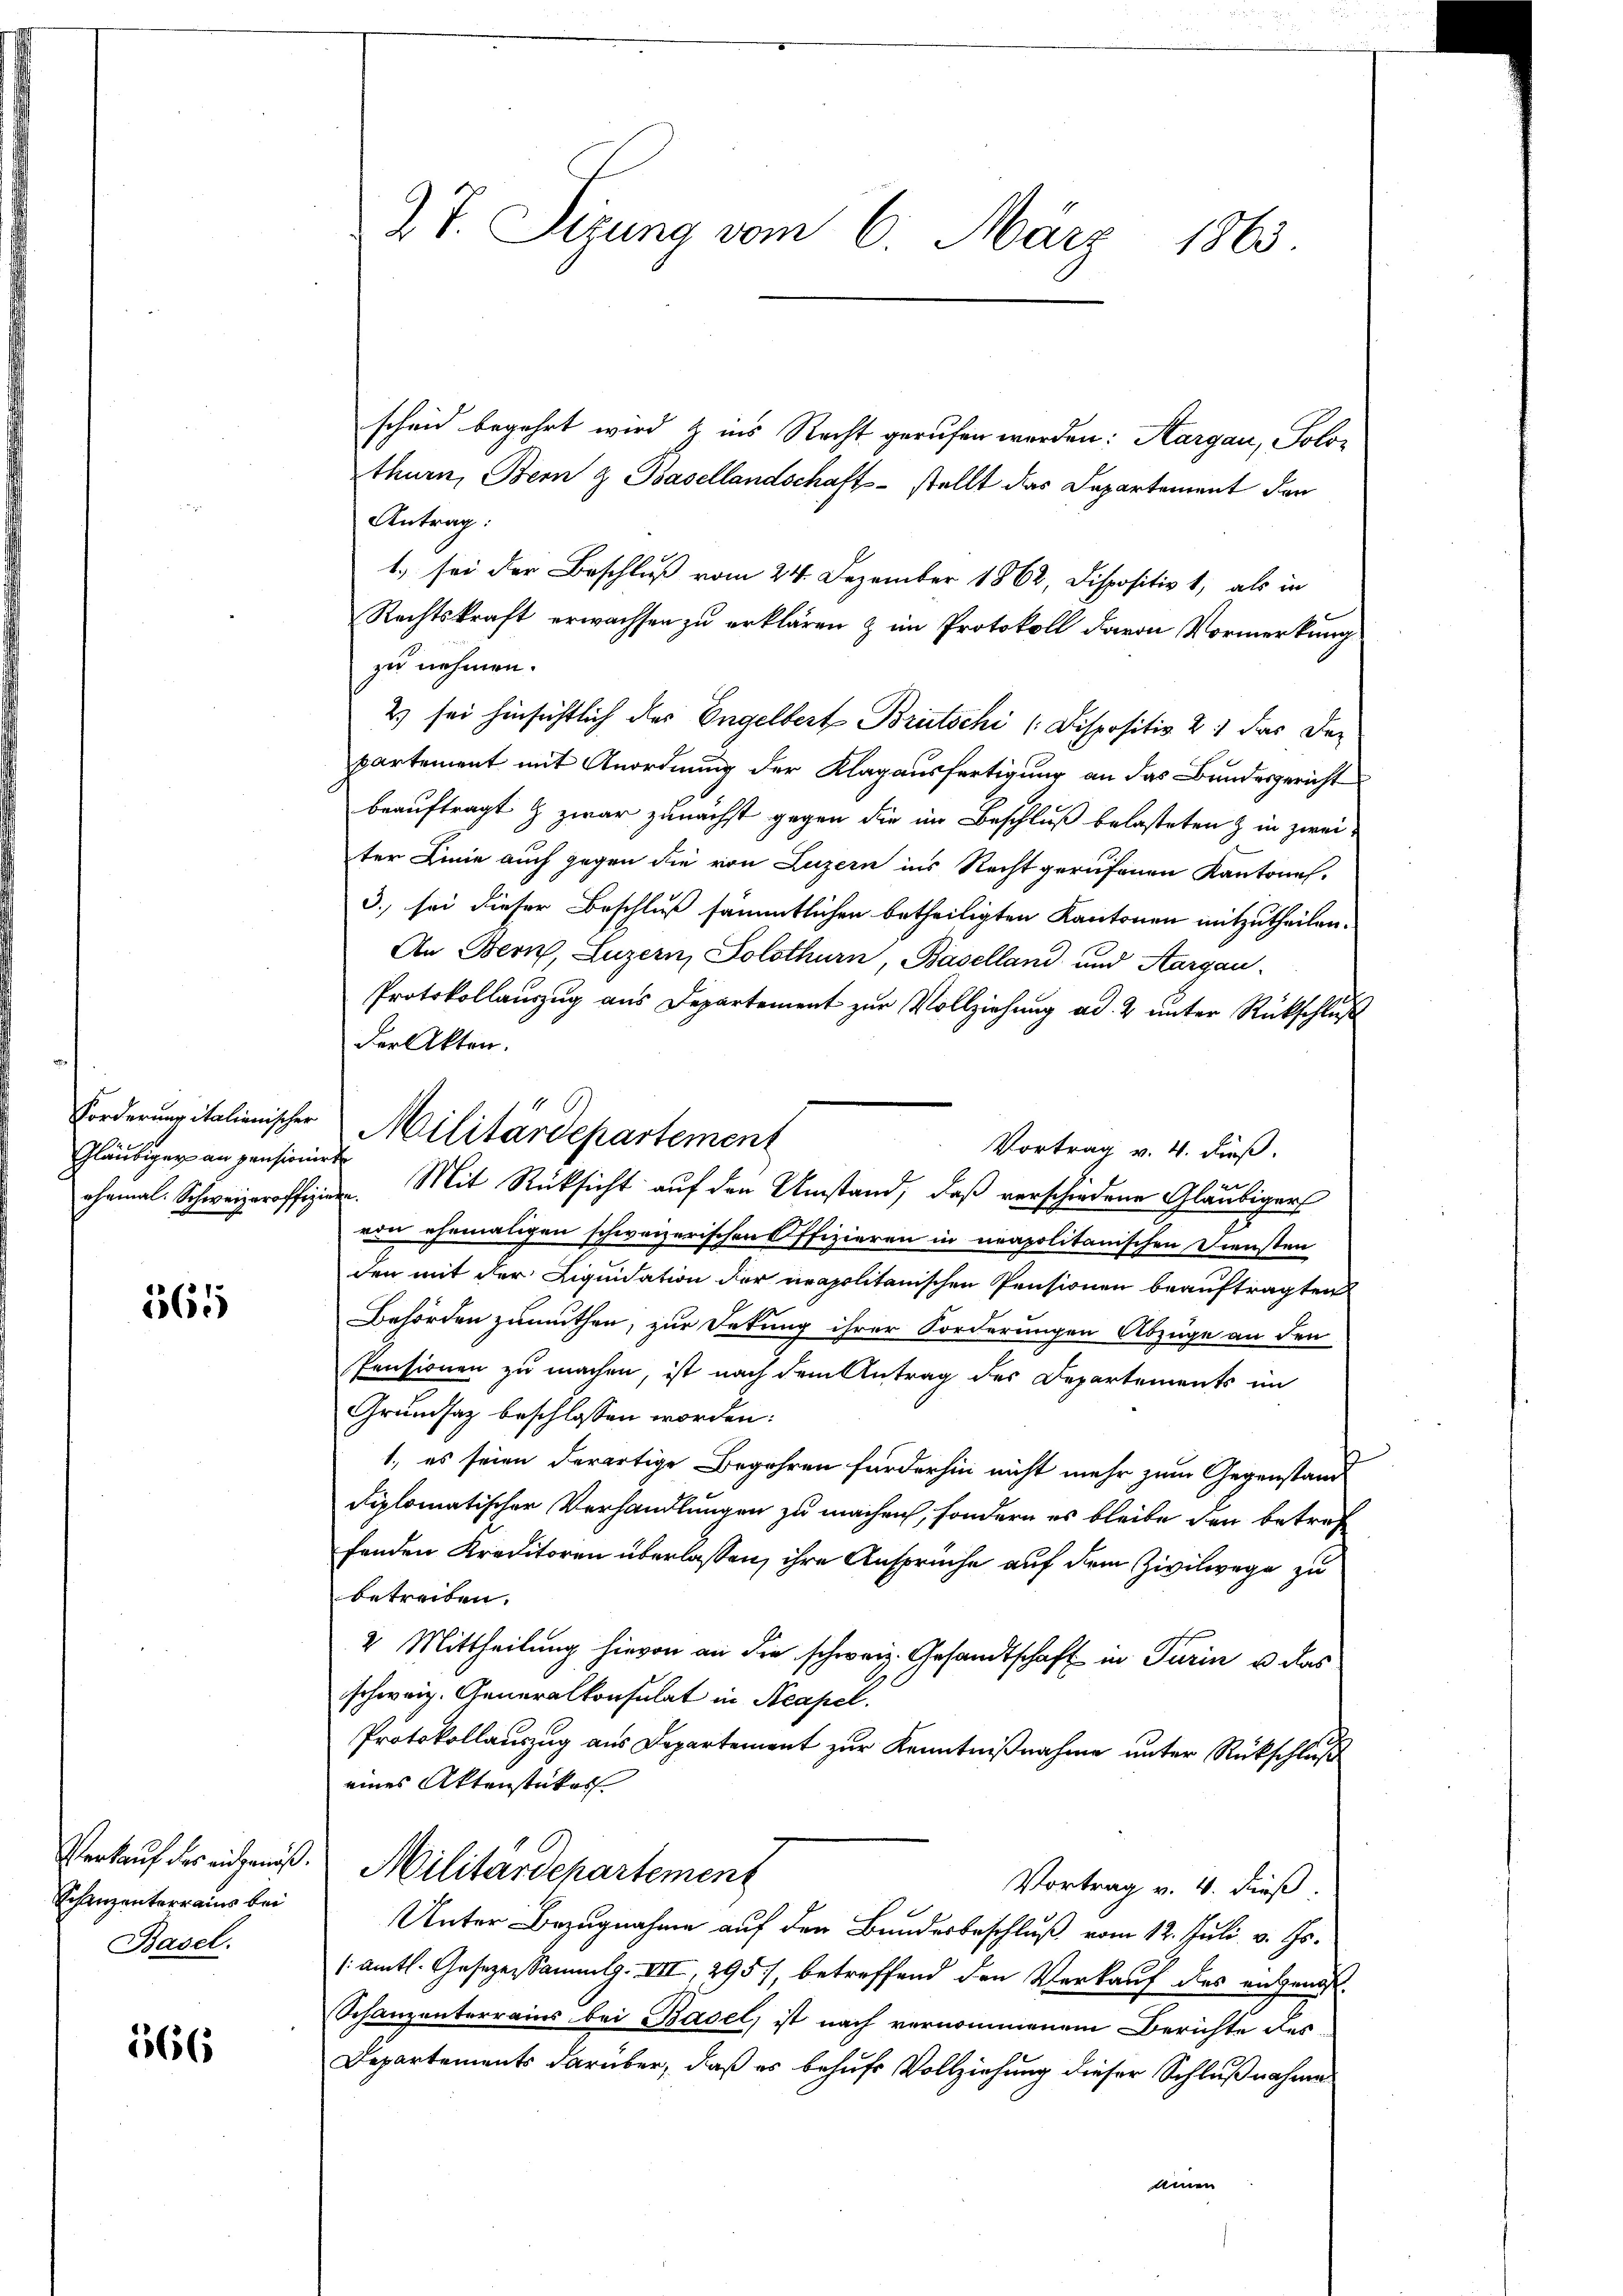
Gläubiger an pensioniert

565

Verkauf des eidgenöß
Schanzenterrains bei
Basel.

566

T. Sizung vom 6. März 1863.

scheid begehrt wird & ins Recht gerufen werden: Aargau, Solo-
thurn, Bern & Basellandschafts- stellt das Departement der
Antrag:
1.) sei der Beschluß vom 24. Dezember 1862, Dispositiv 1, als in
Rechtskraft erwachsen zu erklären & im Protokoll davon Vormerkung
zu nehmen.
2) sei hinsichtlich des Engelbert Brütschi [Dispositiv 2.) das der
partement mit Anordnung der Klagausfertigung an das Bundesgericht
beauftragt & zwar zunächst gegen die im Beschluß belasteten & in zweiter Linie auch gegen die von Luzern ins Recht gerufenen Kantone.
3. sei dieser Beschluß sämmtlichen betheiligten Kantonen mitzutheilen.
An Bern, Luzern, Solothurn, Baselland und Aargau
Protokollauszug aus Departement zur Vollziehung ad. 2 unter Rückschluß
der Akten.
Vortrag v. 4. Fuß.
ehemal. Schweizeroffigen. Mit Rücksicht auf den Umstand, daß verschiedene Gläubigers
uu ehemaligen schweizerischen Offizieren in neapolitanischen Diensten
den mit der Liquidation der neapolitanischen Pensionen beauftragten
Behörden zumuthen, zur Sekung ihrer Forderungen Abzüge an den
Pensionen zu machen, ist nach dem Antrag des Departements im
Grundsaz beschlossen worden:
1., es seien derartige Begehren förderhin nicht mehr zum Gegenstand
diplomatischer Verhandlungen zu machen, sondern es bleibe den betref
fenden Kreditoren überlassen, ihre Ansprüche auf dem Zivilwege zu
betreiben.
2 Mittheilung hievon an die schweiz. Gesandtschaft in Turin u. das
schweiz. Generalkonsulat in Neapel.
Protokollauszug aus Departement zur Kenntnißnahme unter Rückschluß
eines Aktenstüker
Militärdepartement
Vortrag v. 4. dieß.
Unter Bezugnahme auf den Bundesbeschluß vom 12. Juli v. Js.
/: amtl. Gesezessammlg. VII, 295/, betreffend den Verkauf des entgenos¬
Schanzenterrains bei Basel, ist nach vernommenem Berichte des
Departements darüber, daß es behufs Vollziehung dieser Schlußnahme
ainen

Forderung italienischer Militärdepartement